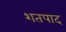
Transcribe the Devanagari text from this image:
शतपाद